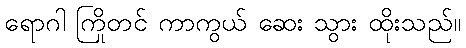
ရောဂါ ကြိုတင် ကာကွယ် ဆေး သွား ထိုးသည်။